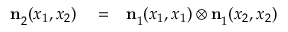
\begin{array} { r l r } { \ensuremath { \mathbf { n } } _ { 2 } ^ { } ( x _ { 1 } , x _ { 2 } ) } & { { } = } & { \ensuremath { \mathbf { n } } _ { 1 } ^ { } ( x _ { 1 } , x _ { 1 } ) \otimes \ensuremath { \mathbf { n } } _ { 1 } ^ { } ( x _ { 2 } , x _ { 2 } ) } \end{array}